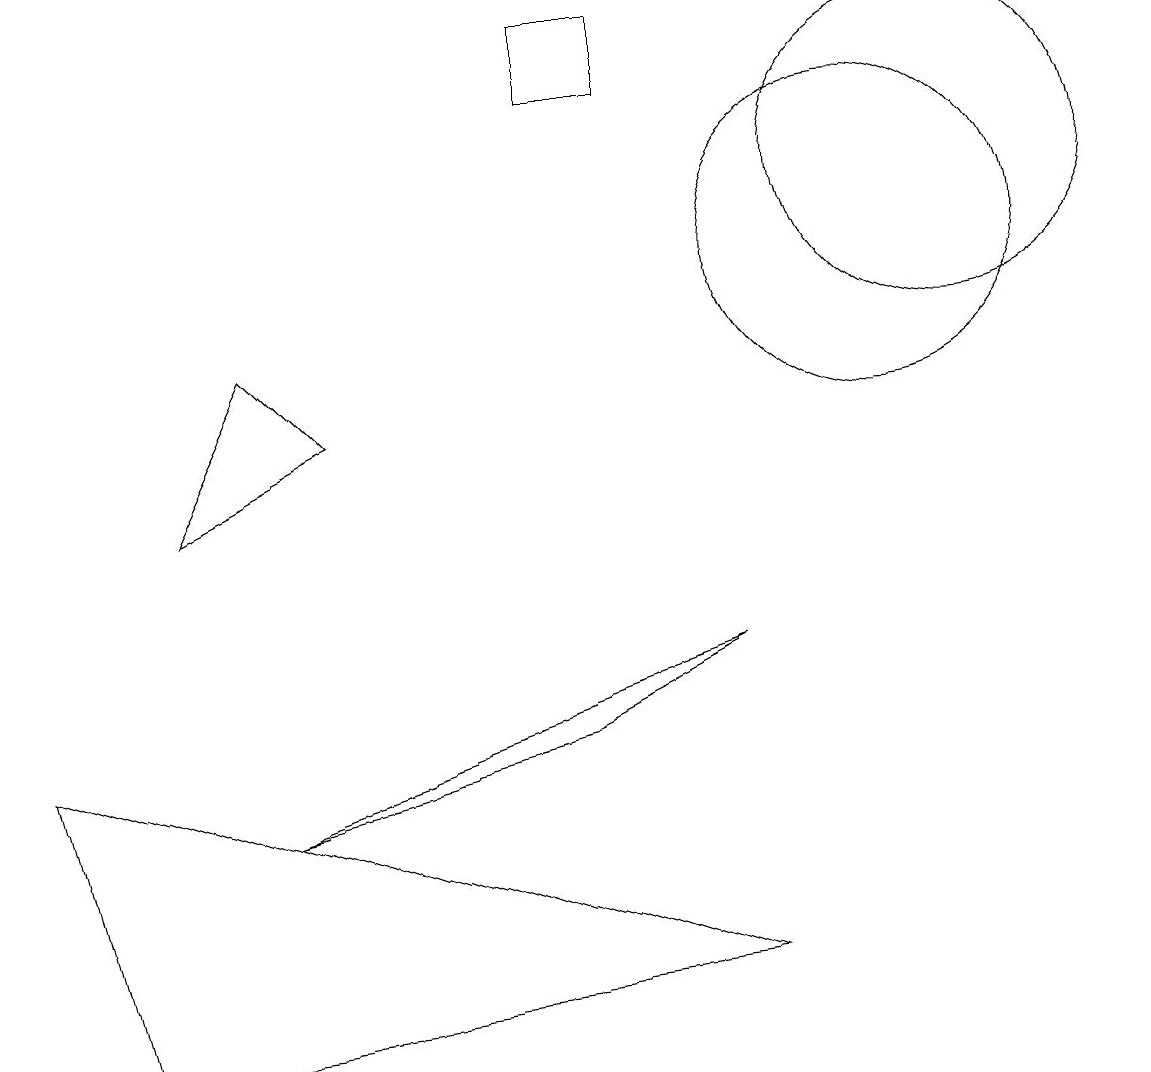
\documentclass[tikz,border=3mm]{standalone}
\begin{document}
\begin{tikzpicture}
\draw (11,10) circle (2);
\draw (9,5) -- (7,4) -- (3,3) -- cycle;
\draw (2,7) -- (3,9) -- (4,8) -- cycle;
\draw (8,13) rectangle (7,12);
\draw (12,11) circle (2);
\draw (1,0) -- (9,1) -- (0,4) -- cycle;
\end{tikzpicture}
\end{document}